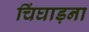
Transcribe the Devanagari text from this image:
चिंघाड़ना